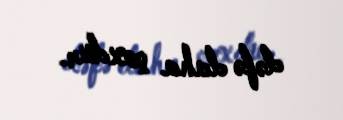
dəfə daha çoxdur.